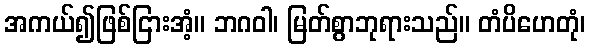
အကယ်၍ဖြစ်ငြားအံ့။ ဘဂဝါ၊ မြတ်စွာဘုရားသည်။ တံပိဟေတုံ၊